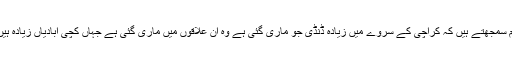
ہم سمجھتے ہیں کہ کراچی کے سروے میں زیادہ ڈنڈی جو ماری گئی ہے وہ ان علاقوں میں ماری گئی ہے جہاں کچی آبادیاں زیادہ ہیں۔